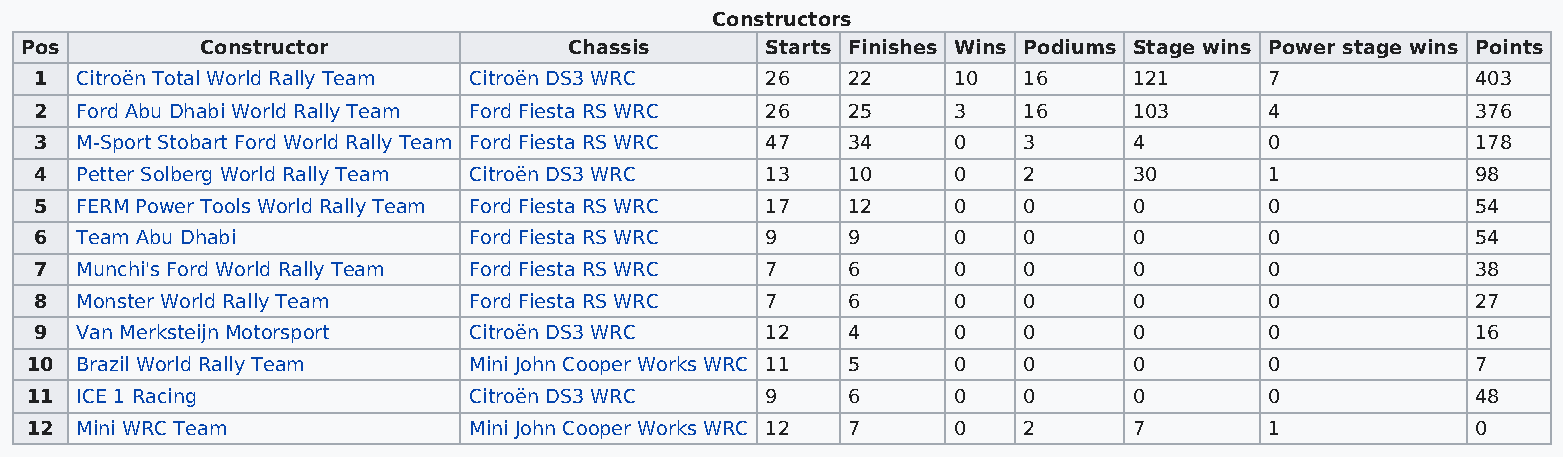
Constructors
 Pos         Constructor              Chassis      Starts Finishes Wins Podiums Stage wins Power stage wins Points
 1  Citroën Total World Rally Team Citroën DS3 WRC 26  22     10   16     121      7             403
 2  Ford Abu Dhabi World Rally Team Ford Fiesta RS WRC 26 25  3    16     103      4             376
 3  M-Sport Stobart Ford World Rally Team Ford Fiesta RS WRC 47 34 0 3    4        0             178
 4  Petter Solberg World Rally Team Citroën DS3 WRC 13 10     0    2      30       1             98
 5  FERM Power Tools World Rally Team Ford Fiesta RS WRC 17 12 0   0      0        0             54
 6  Team Abu Dhabi            Ford Fiesta RS WRC  9    9      0    0      0        0             54
 7  Munchi's Ford World Rally Team Ford Fiesta RS WRC 7 6     0    0      0        0             38
 8  Monster World Rally Team  Ford Fiesta RS WRC  7    6      0    0      0        0             27
 9  Van Merksteijn Motorsport Citroën DS3 WRC     12   4      0    0      0        0             16
 10 Brazil World Rally Team   Mini John Cooper Works WRC 11 5 0    0      0        0             7
 11 ICE 1 Racing              Citroën DS3 WRC     9    6      0    0      0        0             48
 12 Mini WRC Team             Mini John Cooper Works WRC 12 7 0    2      7        1             0